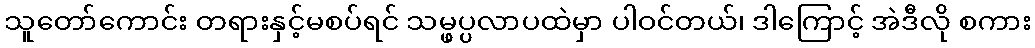
သူတော်ကောင်း တရားနှင့်မစပ်ရင် သမ္ဖပ္ပလာပထဲမှာ ပါဝင်တယ်၊ ဒါကြောင့် အဲဒီလို စကား